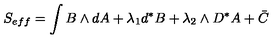
S _ { e f f } = \int { } B \wedge { } d A + \lambda _ { 1 } d ^ { * } B + \lambda _ { 2 } \wedge { } D ^ { * } A + \bar { C }